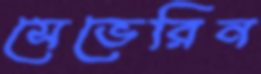
সেভেরিন